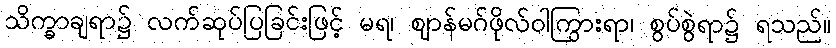
သိက္ခာချရာ၌ လက်ဆုပ်ပြခြင်းဖြင့် မရ၊ ဈာန်မဂ်ဖိုလ်ဝါကြွားရာ၊ စွပ်စွဲရာ၌ ရသည်။